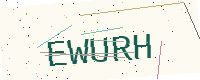
Text: EWURH